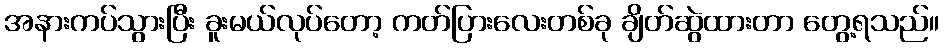
အနားကပ်သွားပြီး ခူးမယ်လုပ်တော့ ကတ်ပြားလေးတစ်ခု ချိတ်ဆွဲထားတာ တွေ့ရသည်။